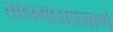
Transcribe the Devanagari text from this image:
ताडामाडाप्रमाणे